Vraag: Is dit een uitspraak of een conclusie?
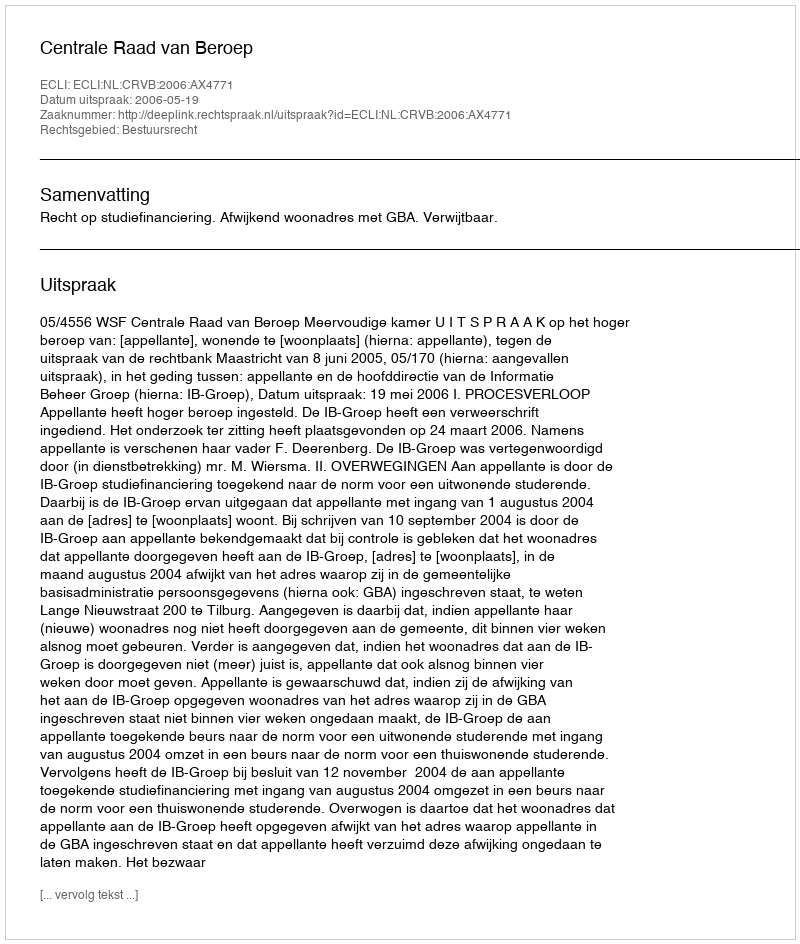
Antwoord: Uitspraak